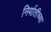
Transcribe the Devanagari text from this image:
निर्यातीच्या